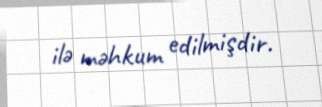
ilə məhkum edilmişdir.